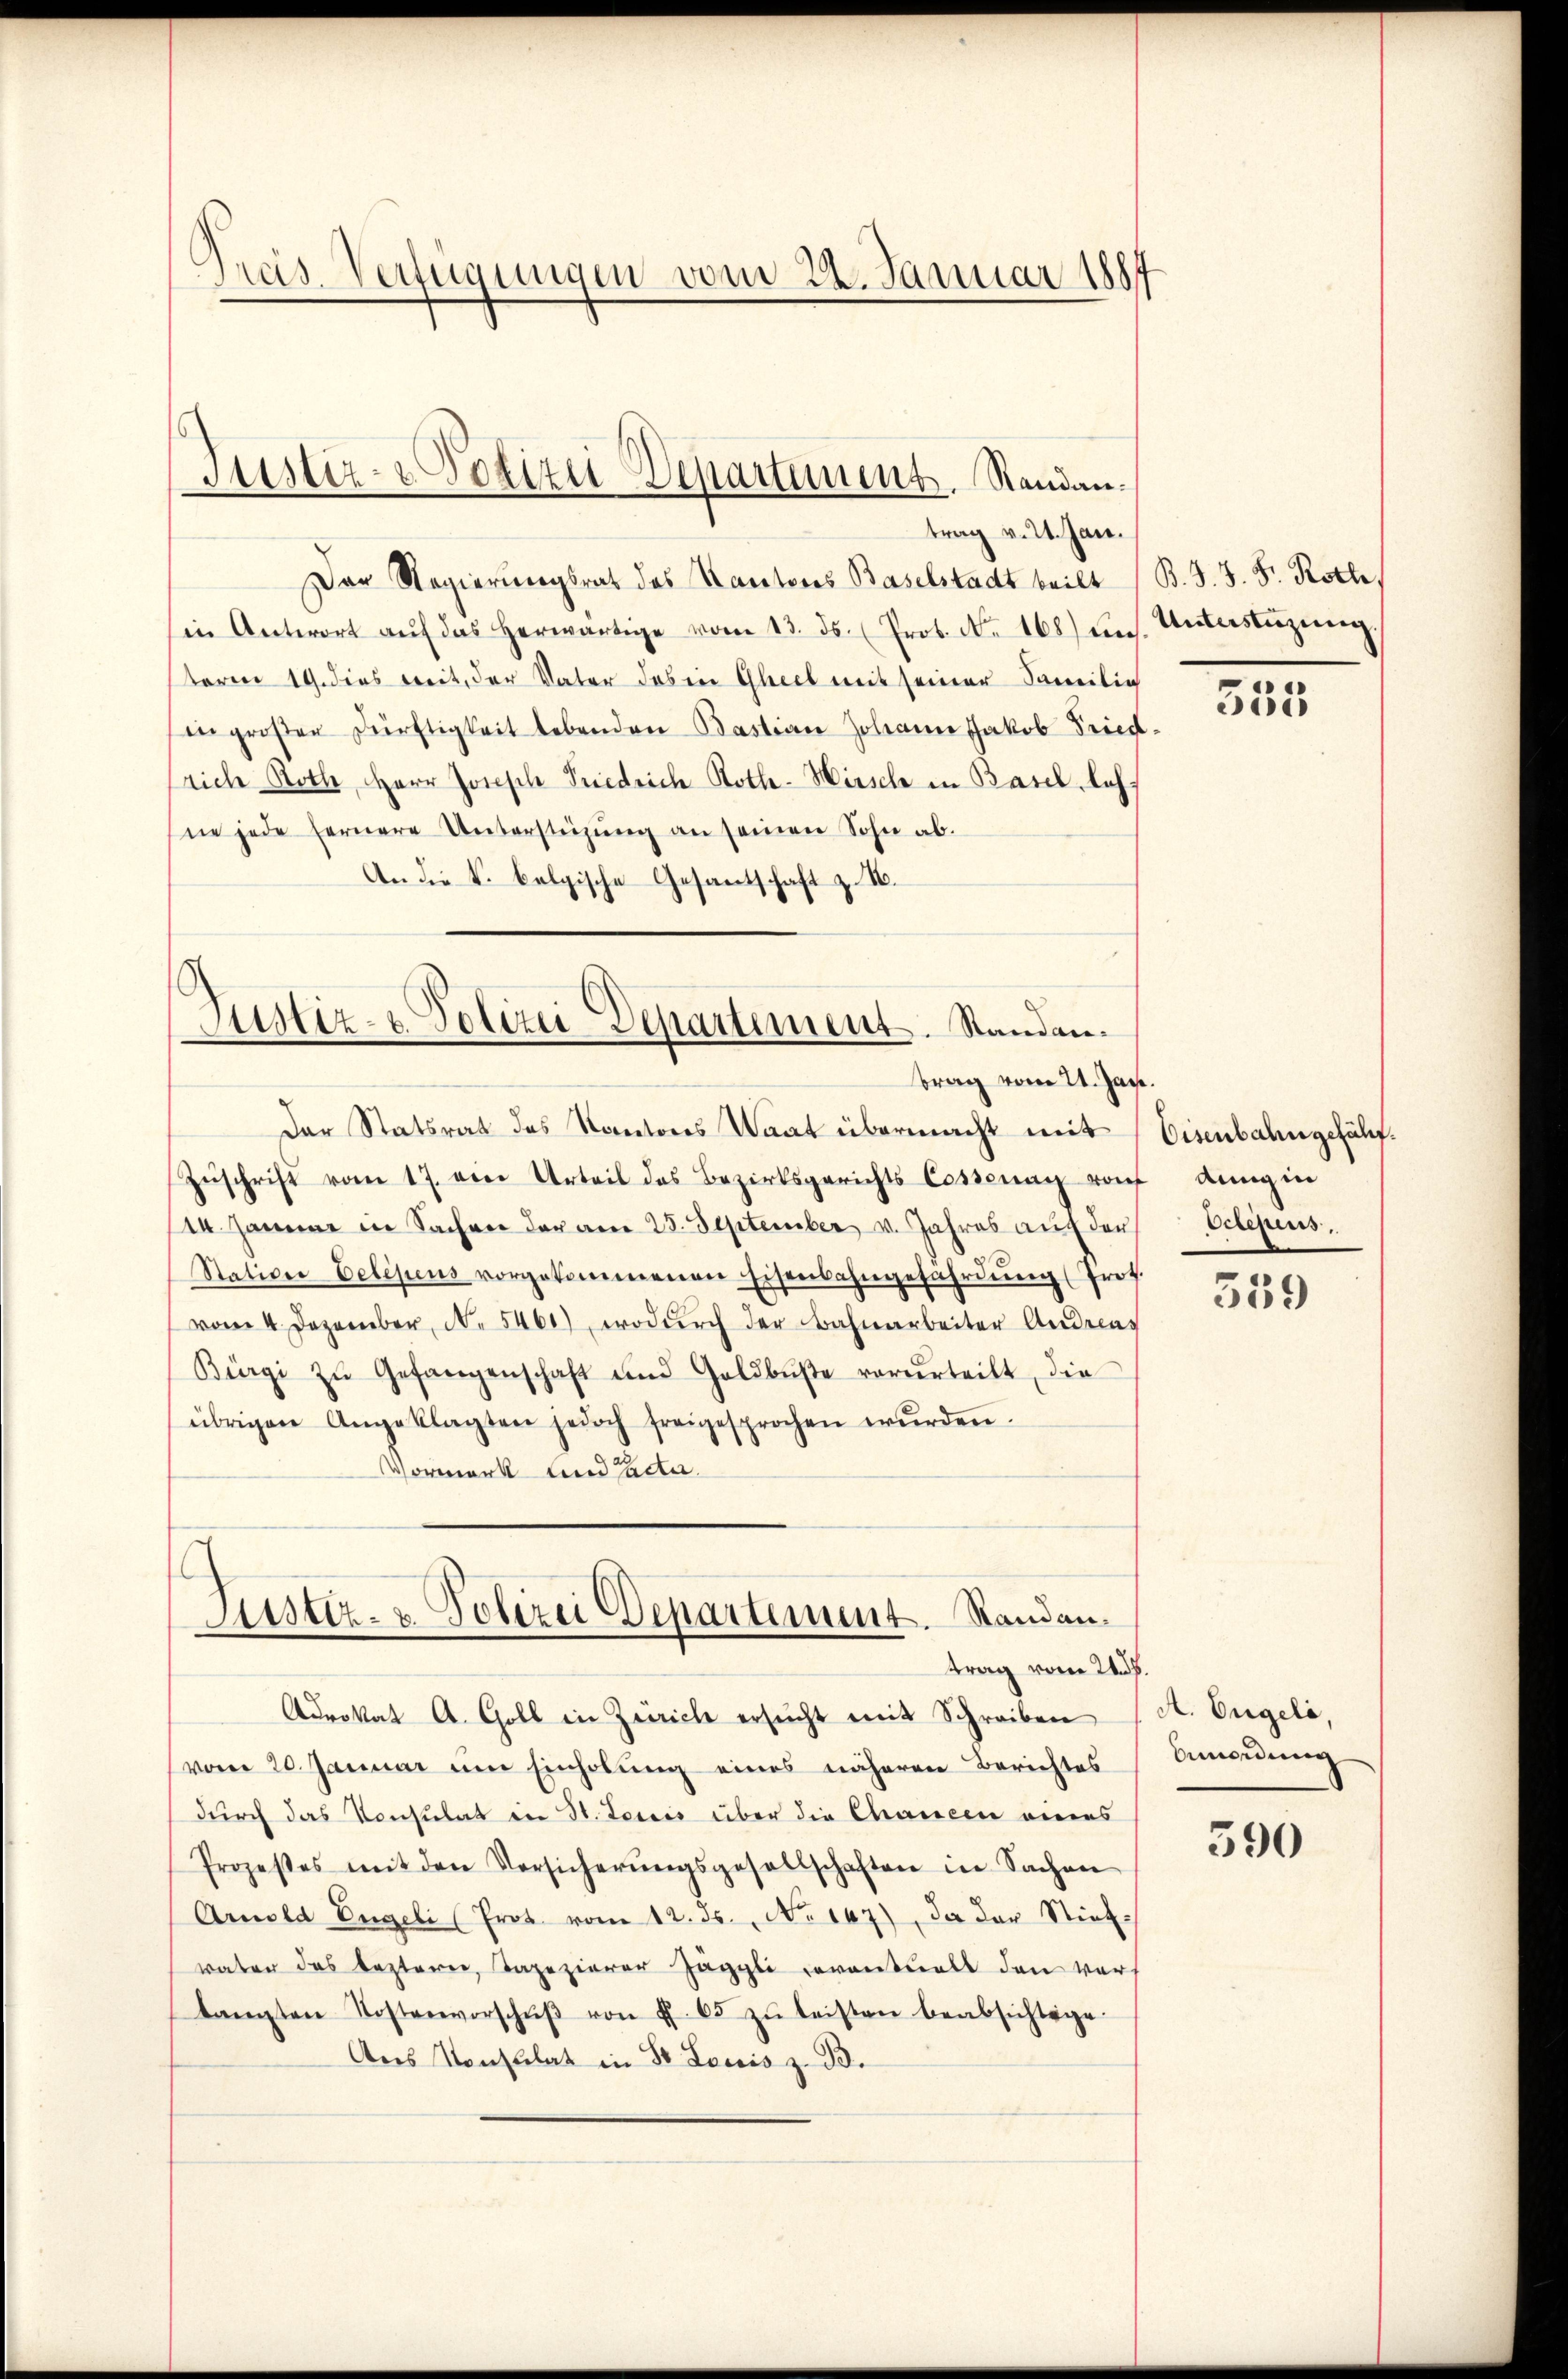
Preis-Verfügungen vom 22. Januar 1887

Der Regierungsrat des Kantons Baselstadt teilt (B. J. J. F. Roth,
in Antwort aŭf das herwärtige vom 13. ds. (Prot. No. 168) uns. Unterstüzung.
toren 19. dies weit, der Vater das in Gleel mit seiner Familie
in großer Dürftigkeit lebenden Bastian Johann Jakob Brief.
srich Roth, Herr Jonesche Friedrich Rothe-Hirsche in Basel, leh
ne jede fernere Untersteizung an seinen Sohn ab.
An die k. belgische Gesantschaft z. B.

Justiz- & Polizei Departement. Randantrag v. 24. Jan.

Justiz- & Polizei Departement. Standantrag vom 21. Jan.

Der Statsrat des Kantons Staat übermacht mit
Zŭschrift vom 17. den Urteil des Bezirksgerichts Cossonay rauf dung in
/14. Januar in Sachen der am 25. September v. Jahres auf den
Station Celesens vorgekommenen Eisenbahngefährdŭng (Prot.
vom 4. Dezember, N. 5461), wodŭrch der Bahnarbeiter Andreas
Bürgi zŭ Gefangenschaft und Goldbŭβe vorurteilt, die
übrigen Angeklagten jedoch freigesprochen wŭrden.
Vormark und Pacter

s
Siustiz- & Polizei Departement. Standantrag vom 24. ds.

Advokat A. Goll in Zürich ersŭcht mit Schreiben
vom 20. Januar um Einholung eines näheren Berichtes
durch das Consulat in St. Loreis über die Chancen eines
Prozeßes mit den Versicherŭngsgesellschaften in Sachen
Amold Engeli (Prot. vom 12. ds. No 147), da der Stiefvater das bestern, Tapezierer Jäggli reventuell den vors
tangten Kostenvorschŭβ von § 65 zŭ leisten beabsichtige.
Ans Konsulat in St. Louis z. B.

535

Eisenbahn gefähr.
Vcrefus

539

A. Engeli,
bmordung

590